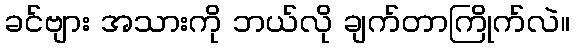
ခင်ဗျား အသားကို ဘယ်လို ချက်တာကြိုက်လဲ။